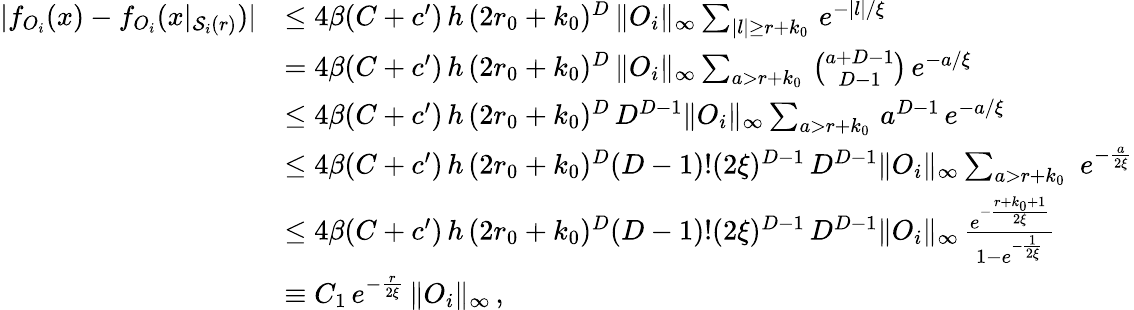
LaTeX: \begin{array}{rl}{|f_{O_{i}}(x)-f_{O_{i}}(x|_{\mathcal{S}_{i}(r)})|}&{\le 4\beta(C+c^{\prime})\, h\, (2r_{0}+k_{0})^{D}\, \| O_{i}\| _{\infty}\sum_{|l|\ge r+k_{0}}\, e^{-|l|/\xi}}\\ &{=4\beta(C+c^{\prime})\, h\, (2r_{0}+k_{0})^{D}\, \| O_{i}\| _{\infty}\sum_{a>r+k_{0}}\, \binom{a+D-1}{D-1}\, e^{-a/\xi}}\\ {\ }&{\le 4\beta(C+c^{\prime})\, h\, (2r_{0}+k_{0})^{D}\, D^{D-1}\| O_{i}\| _{\infty}\sum_{a>r+k_{0}}\, a^{D-1}\, e^{-a/\xi}}\\ &{\le 4\beta(C+c^{\prime})\, h\, (2r_{0}+k_{0})^{D}(D-1)!(2\xi)^{D-1}\, D^{D-1}\| O_{i}\| _{\infty}\sum_{a>r+k_{0}}\, \, e^{-\frac{a}{2\xi}}}\\ &{\le 4\beta(C+c^{\prime})\, h\, (2r_{0}+k_{0})^{D}(D-1)!(2\xi)^{D-1}\, D^{D-1}\| O_{i}\| _{\infty}\, \frac{e^{-\frac{r+k_{0}+1}{2\xi}}}{1-e^{-\frac{1}{2\xi}}}}\\ &{\equiv C_{1}\, e^{-\frac{r}{2\xi}}\, \| O_{i}\| _{\infty}\, ,}\end{array}